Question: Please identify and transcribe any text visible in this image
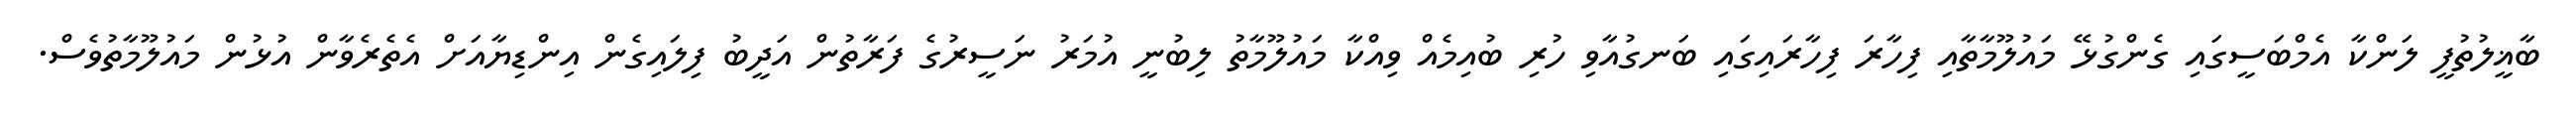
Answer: ބާޣީލުތުފީ ލަންކާ އެމްބަސީގައި ގެންގުޅޭ މައުލޫމާތާއި ފިހާރަ ފިހާރައިގައި ބަނގުއާވި ހުރި ބުއިމެއް ވިއްކާ މައުލޫމާތު ލިބުނީ އުމަރު ނަސީރުގެ ފަރާތުން އަދީބު ފިލައިގެން އިންޑިޔާއަށް އެތެރެވާން އުޅުން މައުލޫމާތުވެސް.